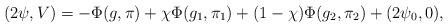
LaTeX: \begin{align*}(2\psi, V) =-\Phi(g, \pi)+ \chi \Phi(g_1, \pi_1) + (1-\chi) \Phi(g_2, \pi_2) + (2\psi_0, 0),\end{align*}